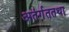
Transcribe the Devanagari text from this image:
अतंर्गततथा